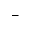
^ { - }